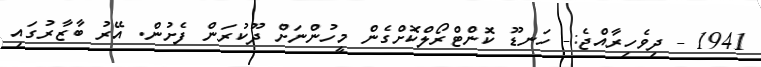
1941 - ދިވެހިރާއްޖެ:- ހަނޑޫ ކޮންޓްރޯލްކޮށްގެން މީހުންނަށް ދޫކުރަން ފެށުން. އޭރު ބާޒާރުގައި